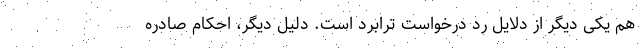
هم یکی‌ دیگر از دلایل رد درخواست ترابرد است. دلیل دیگر، احکام صادره